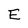
Character: E